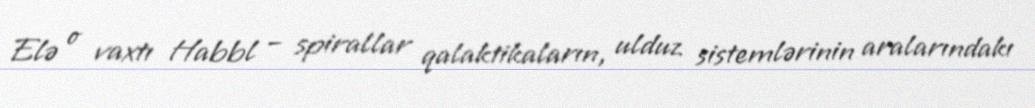
Elə o vaxtı Habbl – spirallar qalaktikaların, ulduz sistemlərinin aralarındakı